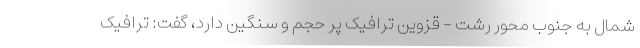
شمال به جنوب محور رشت - قزوین ترافیک پر حجم و سنگین دارد، گفت: ترافیک